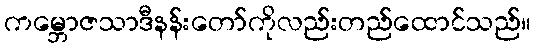
ကမ္ဘောဇသာဒီနန်းတော်ကိုလည်းတည်ထောင်သည်။